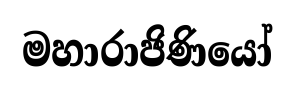
මහාරාජිණියෝ